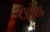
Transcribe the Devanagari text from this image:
टोबोक